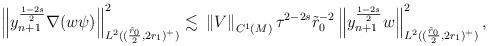
LaTeX: \begin{align*}\left\| y_{n+1}^{\frac{1-2s}{2}} \nabla (w\psi) \right\|_{L^2((\frac{\tilde{r}_{0}}{2},2r_{1})^+)}^2\lesssim & \ \left\| V \right\|_{C^1(M)} \tau^{2-2s} \tilde{r}_{0}^{-2}\left\| y_{n+1}^{\frac{1-2s}{2}} w \right\|_{L^2((\frac{\tilde{r}_{0}}{2},2r_{1})^+)}^2, \end{align*}